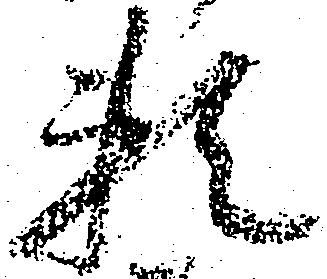
頼